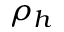
\rho _ { h }